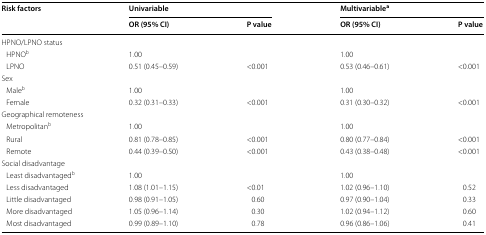
| <ROWSPAN=2> Risk factors | <COLSPAN=2> Univariable | <COLSPAN=2> Multivariablea |
 | OR (95% CI) | P value | OR (95% CI) | P value |
 | --- | --- | --- | --- | --- |
 | <COLSPAN=5> HPNO/LPNO status |
 | HPNOb | 1.00 |  | 1.00 |  |
 | LPNO | 0.51 (0.45–0.59) | <0.001 | 0.53 (0.46–0.61) | <0.001 |
 | <COLSPAN=5> Sex |
 | Maleb | 1.00 |  | 1.00 |  |
 | Female | 0.32 (0.31–0.33) | <0.001 | 0.31 (0.30–0.32) | <0.001 |
 | <COLSPAN=5> Geographical remoteness |
 | Metropolitanb | 1.00 |  | 1.00 |  |
 | Rural | 0.81 (0.78–0.85) | <0.001 | 0.80 (0.77–0.84) | <0.001 |
 | Remote | 0.44 (0.39–0.50) | <0.001 | 0.43 (0.38–0.48) | <0.001 |
 | <COLSPAN=5> Social disadvantage |
 | Least disadvantagedb | 1.00 |  | 1.00 |  |
 | Less disadvantaged | 1.08 (1.01–1.15) | <0.01 | 1.02 (0.96–1.10) | 0.52 |
 | Little disadvantaged | 0.98 (0.91–1.05) | 0.60 | 0.97 (0.90–1.04) | 0.33 |
 | More disadvantaged | 1.05 (0.96–1.14) | 0.30 | 1.02 (0.94–1.12) | 0.60 |
 | Most disadvantaged | 0.99 (0.89–1.10) | 0.78 | 0.96 (0.86–1.06) | 0.41 |